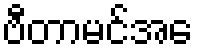
ဗီတာမင်အေ